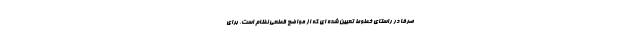
صرفاً در راستای خطوط تعیین شده ای که از مواضع قطعی نظام است، برای